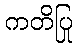
ကတိပြု